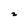
Character: 2